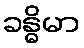
ခန္ဓိမာ